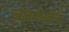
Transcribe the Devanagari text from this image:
नागदेवतेला